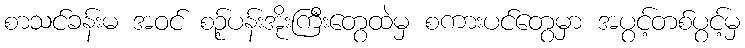
စာသင်ခန်းမ အဝင် စဉ့်ပန်းအိုးကြီးတွေထဲမှ စကားပင်တွေမှာ အပွင့်တစ်ပွင့်မှ